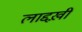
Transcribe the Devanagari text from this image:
लाद्दख़ी